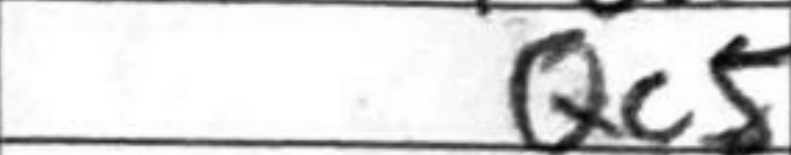
Transcription: Qc5